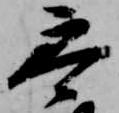
参